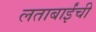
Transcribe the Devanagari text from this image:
लताबाईंची